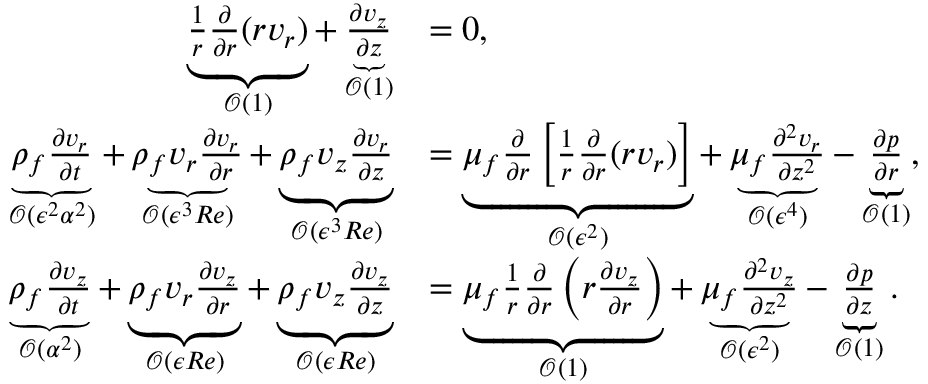
\begin{array} { r l } { \underbrace { \frac { 1 } { r } \frac { \partial } { \partial r } ( r v _ { r } ) } _ { \mathcal { O } ( 1 ) } + \underbrace { \frac { \partial v _ { z } } { \partial z } } _ { \mathcal { O } ( 1 ) } } & { = 0 , } \\ { \underbrace { \rho _ { f } \frac { \partial v _ { r } } { \partial t } } _ { \mathcal { O } ( \epsilon ^ { 2 } { \alpha } ^ { 2 } ) } + \underbrace { \rho _ { f } v _ { r } \frac { \partial v _ { r } } { \partial r } } _ { \mathcal { O } ( \epsilon ^ { 3 } R e ) } + \underbrace { \rho _ { f } v _ { z } \frac { \partial v _ { r } } { \partial z } } _ { \mathcal { O } ( \epsilon ^ { 3 } R e ) } } & { = \underbrace { \mu _ { f } \frac { \partial } { \partial r } \left[ \frac { 1 } { r } \frac { \partial } { \partial r } ( r v _ { r } ) \right] } _ { \mathcal { O } ( \epsilon ^ { 2 } ) } + \underbrace { \mu _ { f } \frac { \partial ^ { 2 } v _ { r } } { \partial z ^ { 2 } } } _ { \mathcal { O } ( \epsilon ^ { 4 } ) } - \underbrace { \frac { \partial p } { \partial r } } _ { \mathcal { O } ( 1 ) } , } \\ { \underbrace { \rho _ { f } \frac { \partial v _ { z } } { \partial t } } _ { \mathcal { O } ( { \alpha } ^ { 2 } ) } + \underbrace { \rho _ { f } v _ { r } \frac { \partial v _ { z } } { \partial r } } _ { \mathcal { O } ( \epsilon R e ) } + \underbrace { \rho _ { f } v _ { z } \frac { \partial v _ { z } } { \partial z } } _ { \mathcal { O } ( \epsilon R e ) } } & { = \underbrace { \mu _ { f } \frac { 1 } { r } \frac { \partial } { \partial r } \left( r \frac { \partial v _ { z } } { \partial r } \right) } _ { \mathcal { O } ( 1 ) } + \underbrace { \mu _ { f } \frac { \partial ^ { 2 } v _ { z } } { \partial z ^ { 2 } } } _ { \mathcal { O } ( \epsilon ^ { 2 } ) } - \underbrace { \frac { \partial p } { \partial z } } _ { \mathcal { O } ( 1 ) } . } \end{array}